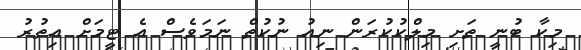
މިކާ ބުނީ ތަށި މިލްކުކުރަން ނިއު ނުކުތް ނަމަވެސް އެ ޓީމަށް އިތުރު